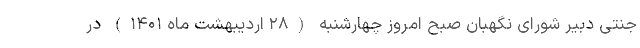
جنتی دبیر شورای نگهبان صبح امروز چهارشنبه (۲۸ اردیبهشت ماه ۱۴۰۱) در